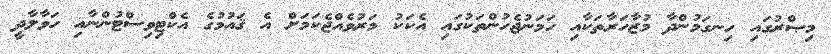
މިޞްރުގައި ހިނގަމުންދާ މުޒާހަރާތަކާއި ހަމަނުޖެހުންތަކުގައި އެކަކު މަރުވެއްޖެކަމަށް އެ ޤައުމުގެ އެކްޓިވިސްޓުންނާއި ހަވާލާދީ